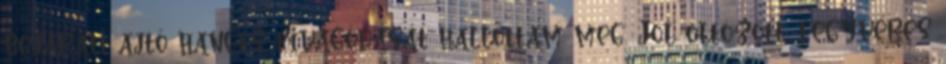
bejárati ajtó hangos kivágódását hallottam meg. Jól öltözött, fegyveres